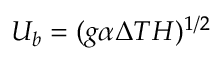
U _ { b } = ( g \alpha \Delta T H ) ^ { 1 / 2 }